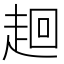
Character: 𧻢